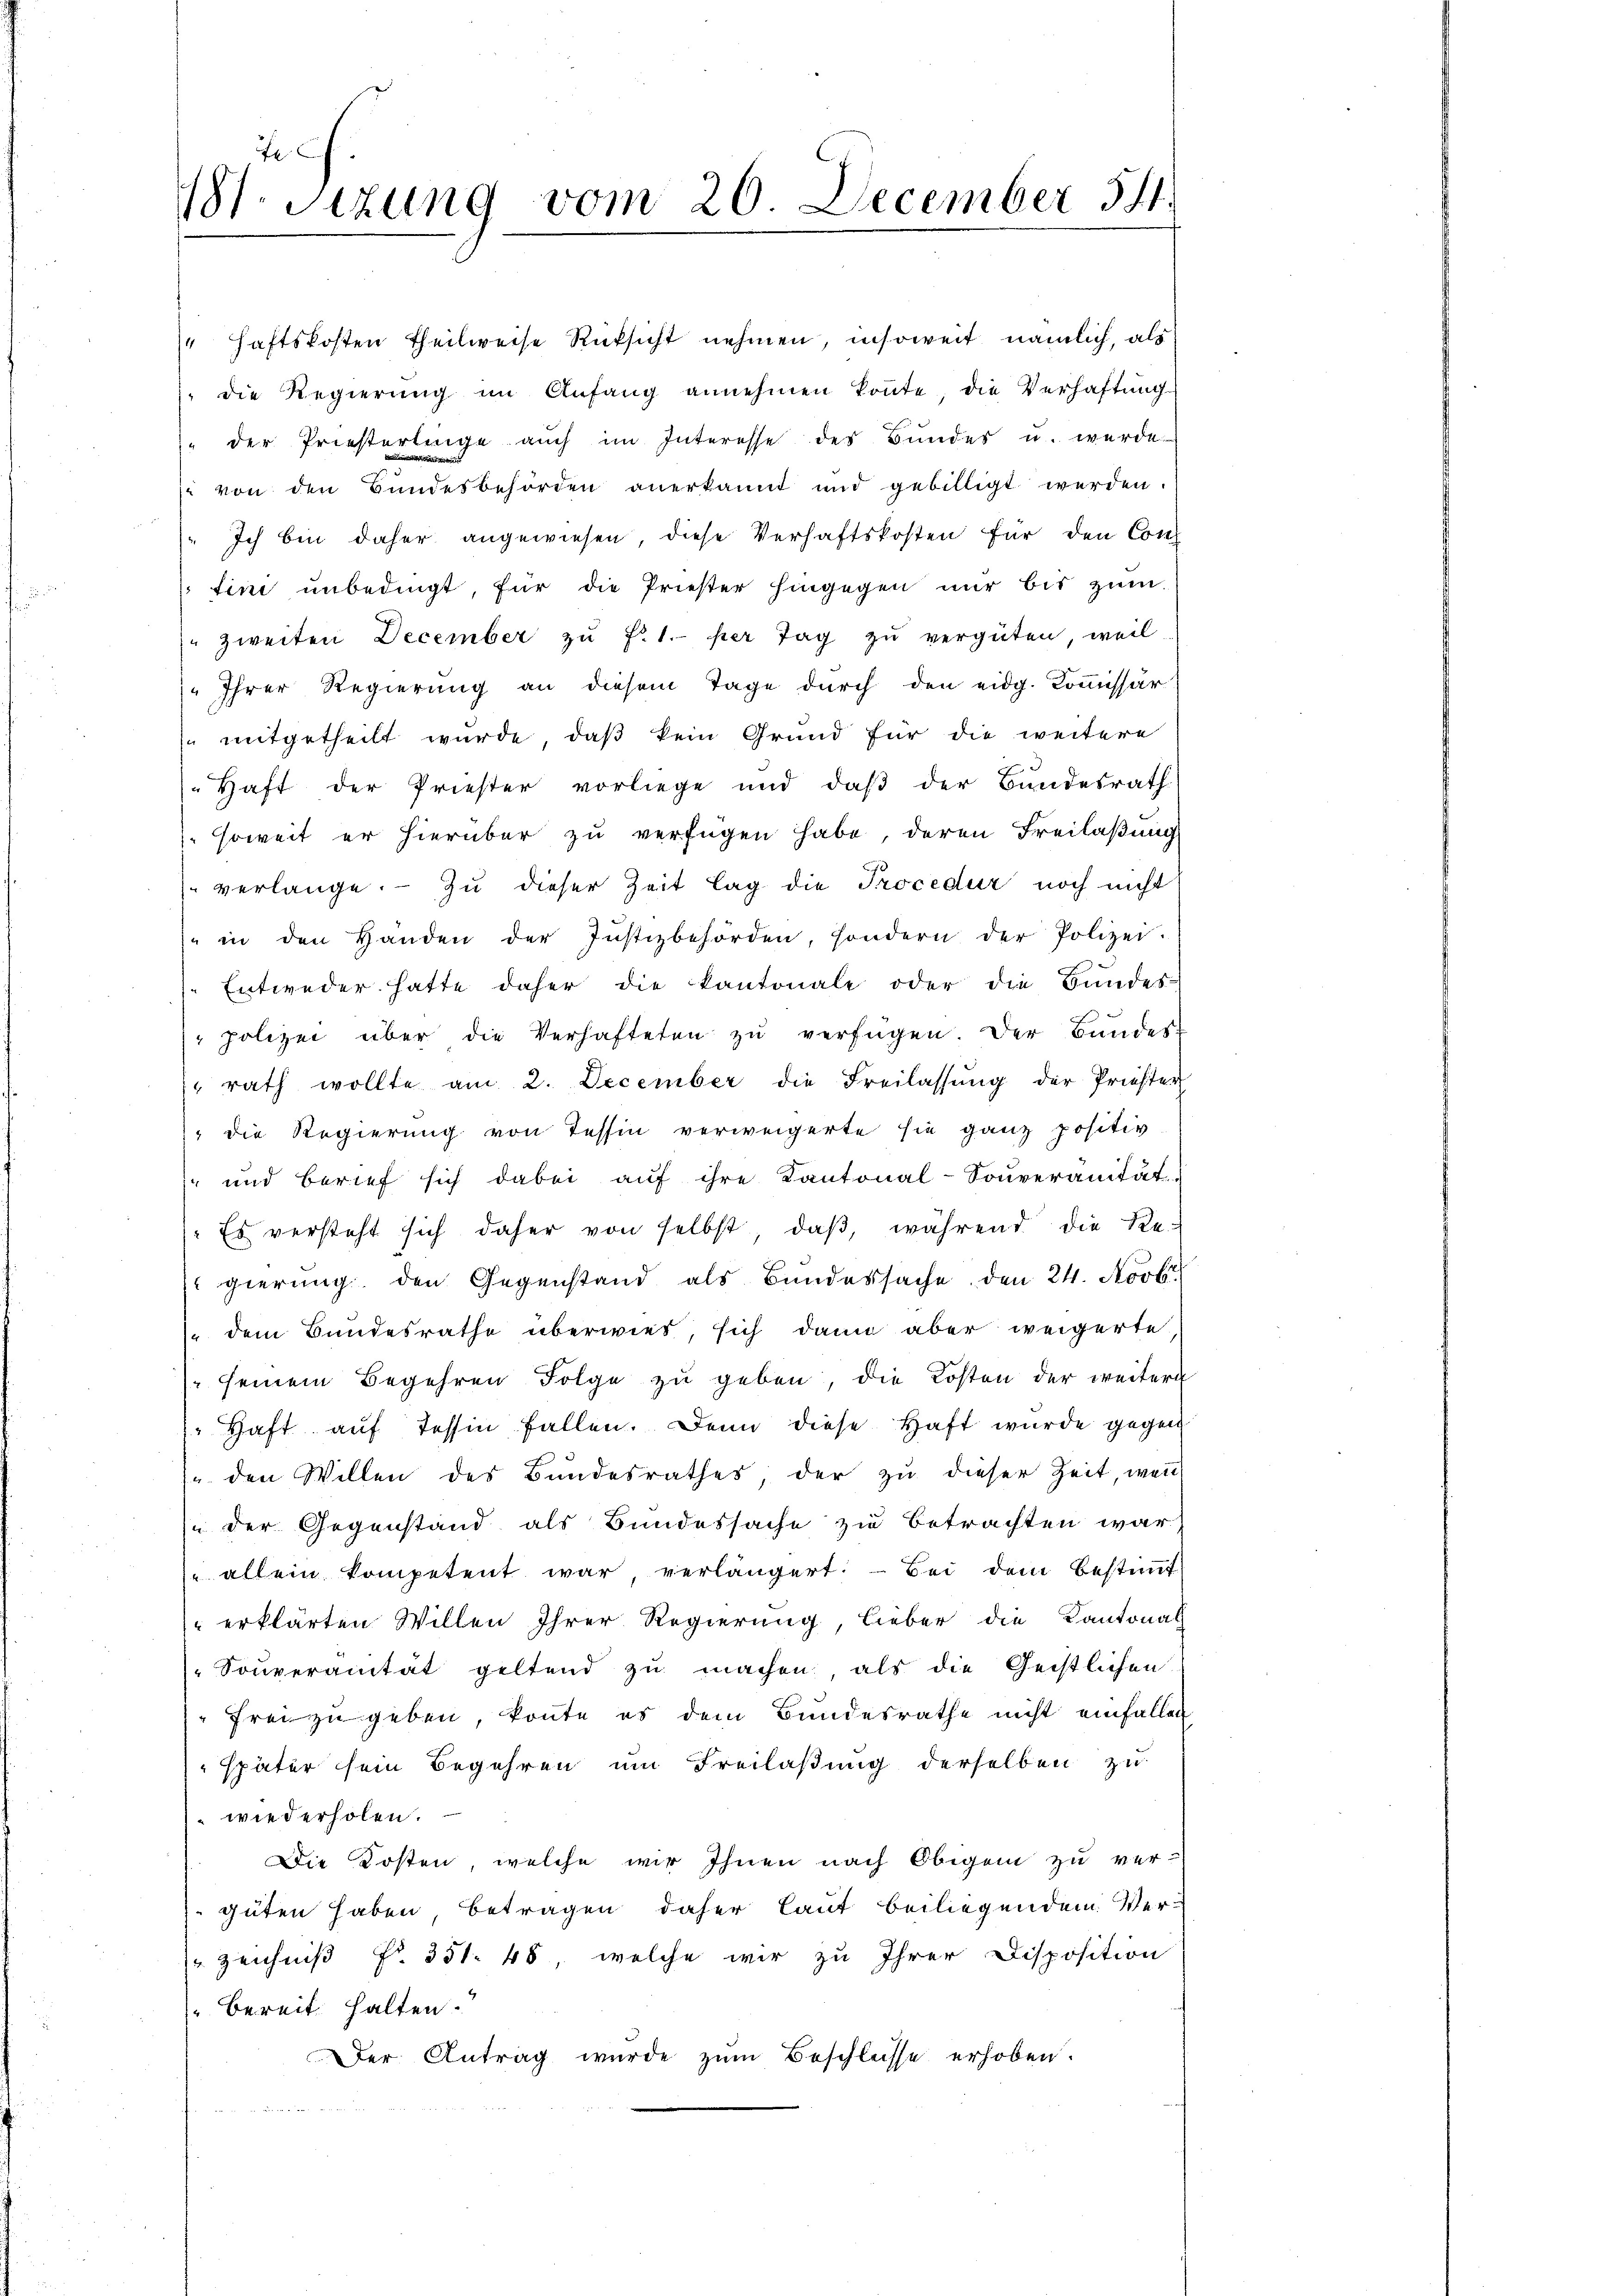
Mt. Sizung vom 20. December 541.

" der Priesterlinge aŭch im Interesse des Bŭndes u. werde
 von den Bundesbehörden anerkannt und gebilligt werden.
Ich bin daher angewiesen, diese Verhaftskosten für den Contini unbedingt, für die Priester hingegen nur bis zum
" zweiten December zŭ fr. 1. per Tag zŭ vergüten, weil
 Ihrer Regierung an diesem Tage durch den eidg. Kommissär
smitgetheilt wurde, daß kein Grund für die weitere
Haft der Priester vorliege und daß der Bundesrath
soweit er hierüber zu verfügen habe, deren Freilaßung
verlange. — Zu dieser Zeit lag die Procedur noch nicht
" in den Handen der Justizbehörden, sondern der Polizei.
Entweder hatte daher die kantonale oder die Bundes-
 polizei über die Verhafteten zŭ verfügen. Der Bŭndes-
rath wollte am 2. December die Freilassŭng der Priester
 die Regierung von Tessin verweigerte sie ganz positiv
und berief sich dabei aŭf ihre Kantonal-Soŭveranität,
Es versteht sich daher von selbst, daβ, während die Re-
gierung, den Gegenstand als Bundessache den 24. Novbr
 dem Bundesrathe überwies, sich dann aber weigerte
 seinem Begehren Folge zŭ geben, die Kosten der weiter
 Haft auf Tessin fallen. Dann diese Haft wurde gegen
/. den Willen des Bundesrathes der zŭ dieser Zeit, wenn
der Gegenstand als Bundessache zu betrachten war,
 allein kompetent war, verlängert. Bei dem Bestimmt
 erklärten Willen Ihrer Regierung, lieber die Kantonal
Souveranität geltend zu machen, als die Geistlichen
Freizugeben, könte es dem Bundesrathe nicht einfallen
spater sein Begehren ŭm Freilaβŭng derselben zu
wiederholen.
Die Kosten, welche wir Ihnen nach Obigen zu ver-
güten haben Betragen daher laut beiliegendem Ver-
 zeichniß Nr. 351. 48, welche wir zu Ihrer Disposition
 bereit halten.
Der Antrag wurde zum Beschlüsse erhoben.

haftskosten Theilweise Rüksicht nehmen, insoweit nämlich, als
 die Regierung im Anfang annehmen konnte, die Verhaftung